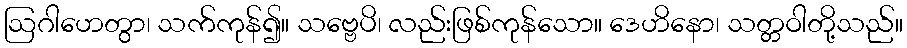
ဩဂါဟေတွာ၊ သက်ကုန်၍။ သဗ္ဗေပိ၊ လည်းဖြစ်ကုန်သော။ ဒေဟိနော၊ သတ္တဝါတို့သည်။